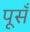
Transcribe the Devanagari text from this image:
पूसँ